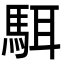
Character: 駬